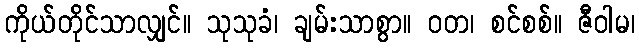
ကိုယ်တိုင်သာလျှင်။ သုသုခံ၊ ချမ်းသာစွာ။ ဝတ၊ စင်စစ်။ ဇီဝါမ၊